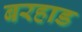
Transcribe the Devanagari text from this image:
बरहाड